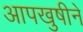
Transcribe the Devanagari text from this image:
आपखुषीने